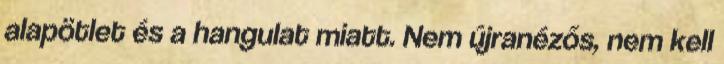
alapötlet és a hangulat miatt. Nem újranézős, nem kell